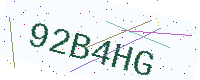
Text: 92B4HG